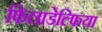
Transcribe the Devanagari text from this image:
फिलाडेल्‍फिया